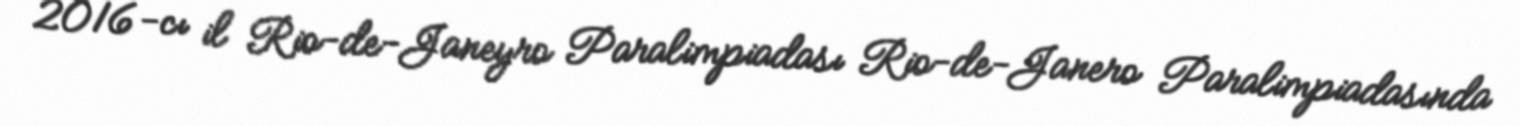
2016-cı il Rio-de-Janeyro Paralimpiadası Rio-de-Janero Paralimpiadasında